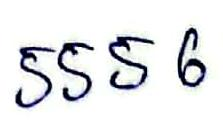
5556